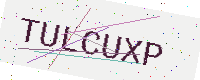
Text: TULCUXP